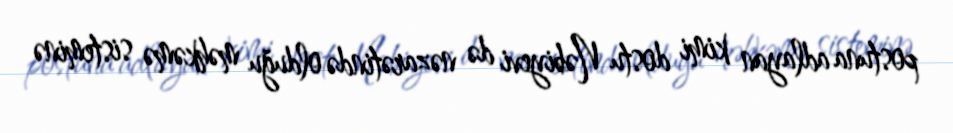
postuna adlayan kimi dostu Nəbiyevi də nəzarətində olduğu məhkəmə sisteminə